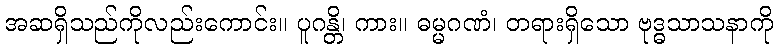
အဆရှိသည်ကိုလည်းကောင်း။ ပူဂန္တိ၊ ကား။ ဓမ္မဂဏံ၊ တရားရှိသော ဗုဒ္ဓသာသနာကို